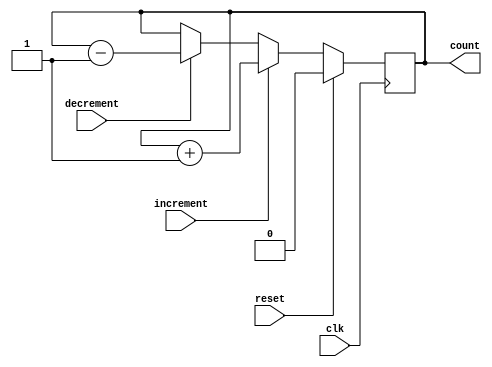
module Counter (
    input clk,
    input reset,
    input increment,
    input decrement,
    output reg count
);

always @(posedge clk) begin
    if (reset) begin
        count <= 0;
    end else if (increment) begin
        count <= count + 1;
    end else if (decrement) begin
        count <= count - 1;
    end
end

endmodule